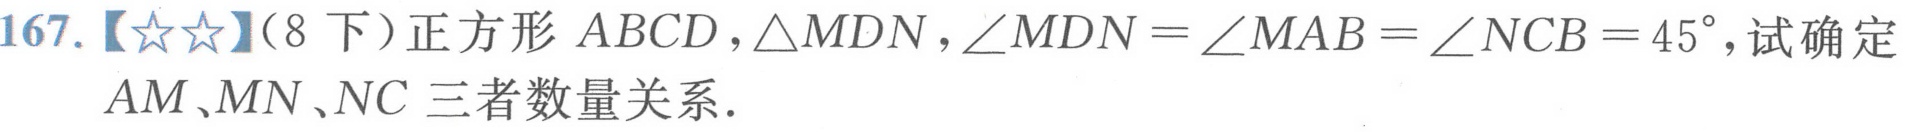
167.【\(★★\)】（8下）正方形\(ABCD\)，\(\triangle MDN\)，\(\angle MDN=\angle MAB=\angle NCB = 45^{\circ}\)，试确定\(AM\)、\(MN\)、\(NC\)三者数量关系.